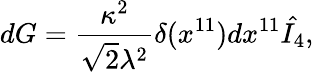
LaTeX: dG={\frac{\kappa^{2}}{\sqrt{2}\lambda^{2}}}\delta(x^{11})dx^{11}\hat{I_{4}},